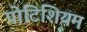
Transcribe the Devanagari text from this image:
पोटिशियम